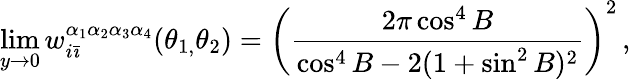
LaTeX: \operatorname*{lim}_{y\rightarrow 0}w_{i\bar{\imath}}^{\alpha_{1}\alpha_{2}\alpha_{3}\alpha_{4}}(\theta_{1,}\theta_{2})=\left(\frac{2\pi\cos^{4}B}{\cos^{4}B-2(1+\sin^{2}B)^{2}}\right)^{2}\, ,